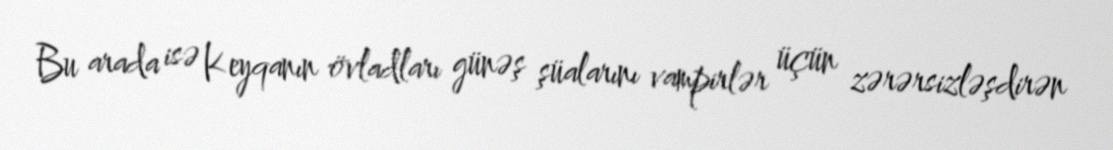
Bu arada isə Keyqanın övladları günəş şüalarını vampirlər üçün zərərsizləşdirən